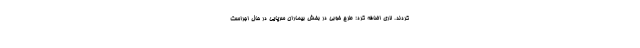
کردند. لاری اضافه کرد: طرح خوبی در بخش بیماران سرپایی در حال اجراست